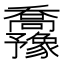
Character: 𫡡